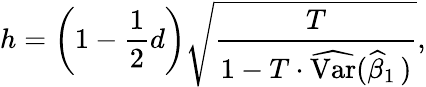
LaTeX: h=\left(1-{\frac{1}{2}}d\right){\sqrt{\frac{T}{1-T\cdot{\widehat{\operatorname{Var}}}({\widehat{\beta}}_{1}\, )}}},